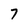
Character: 7